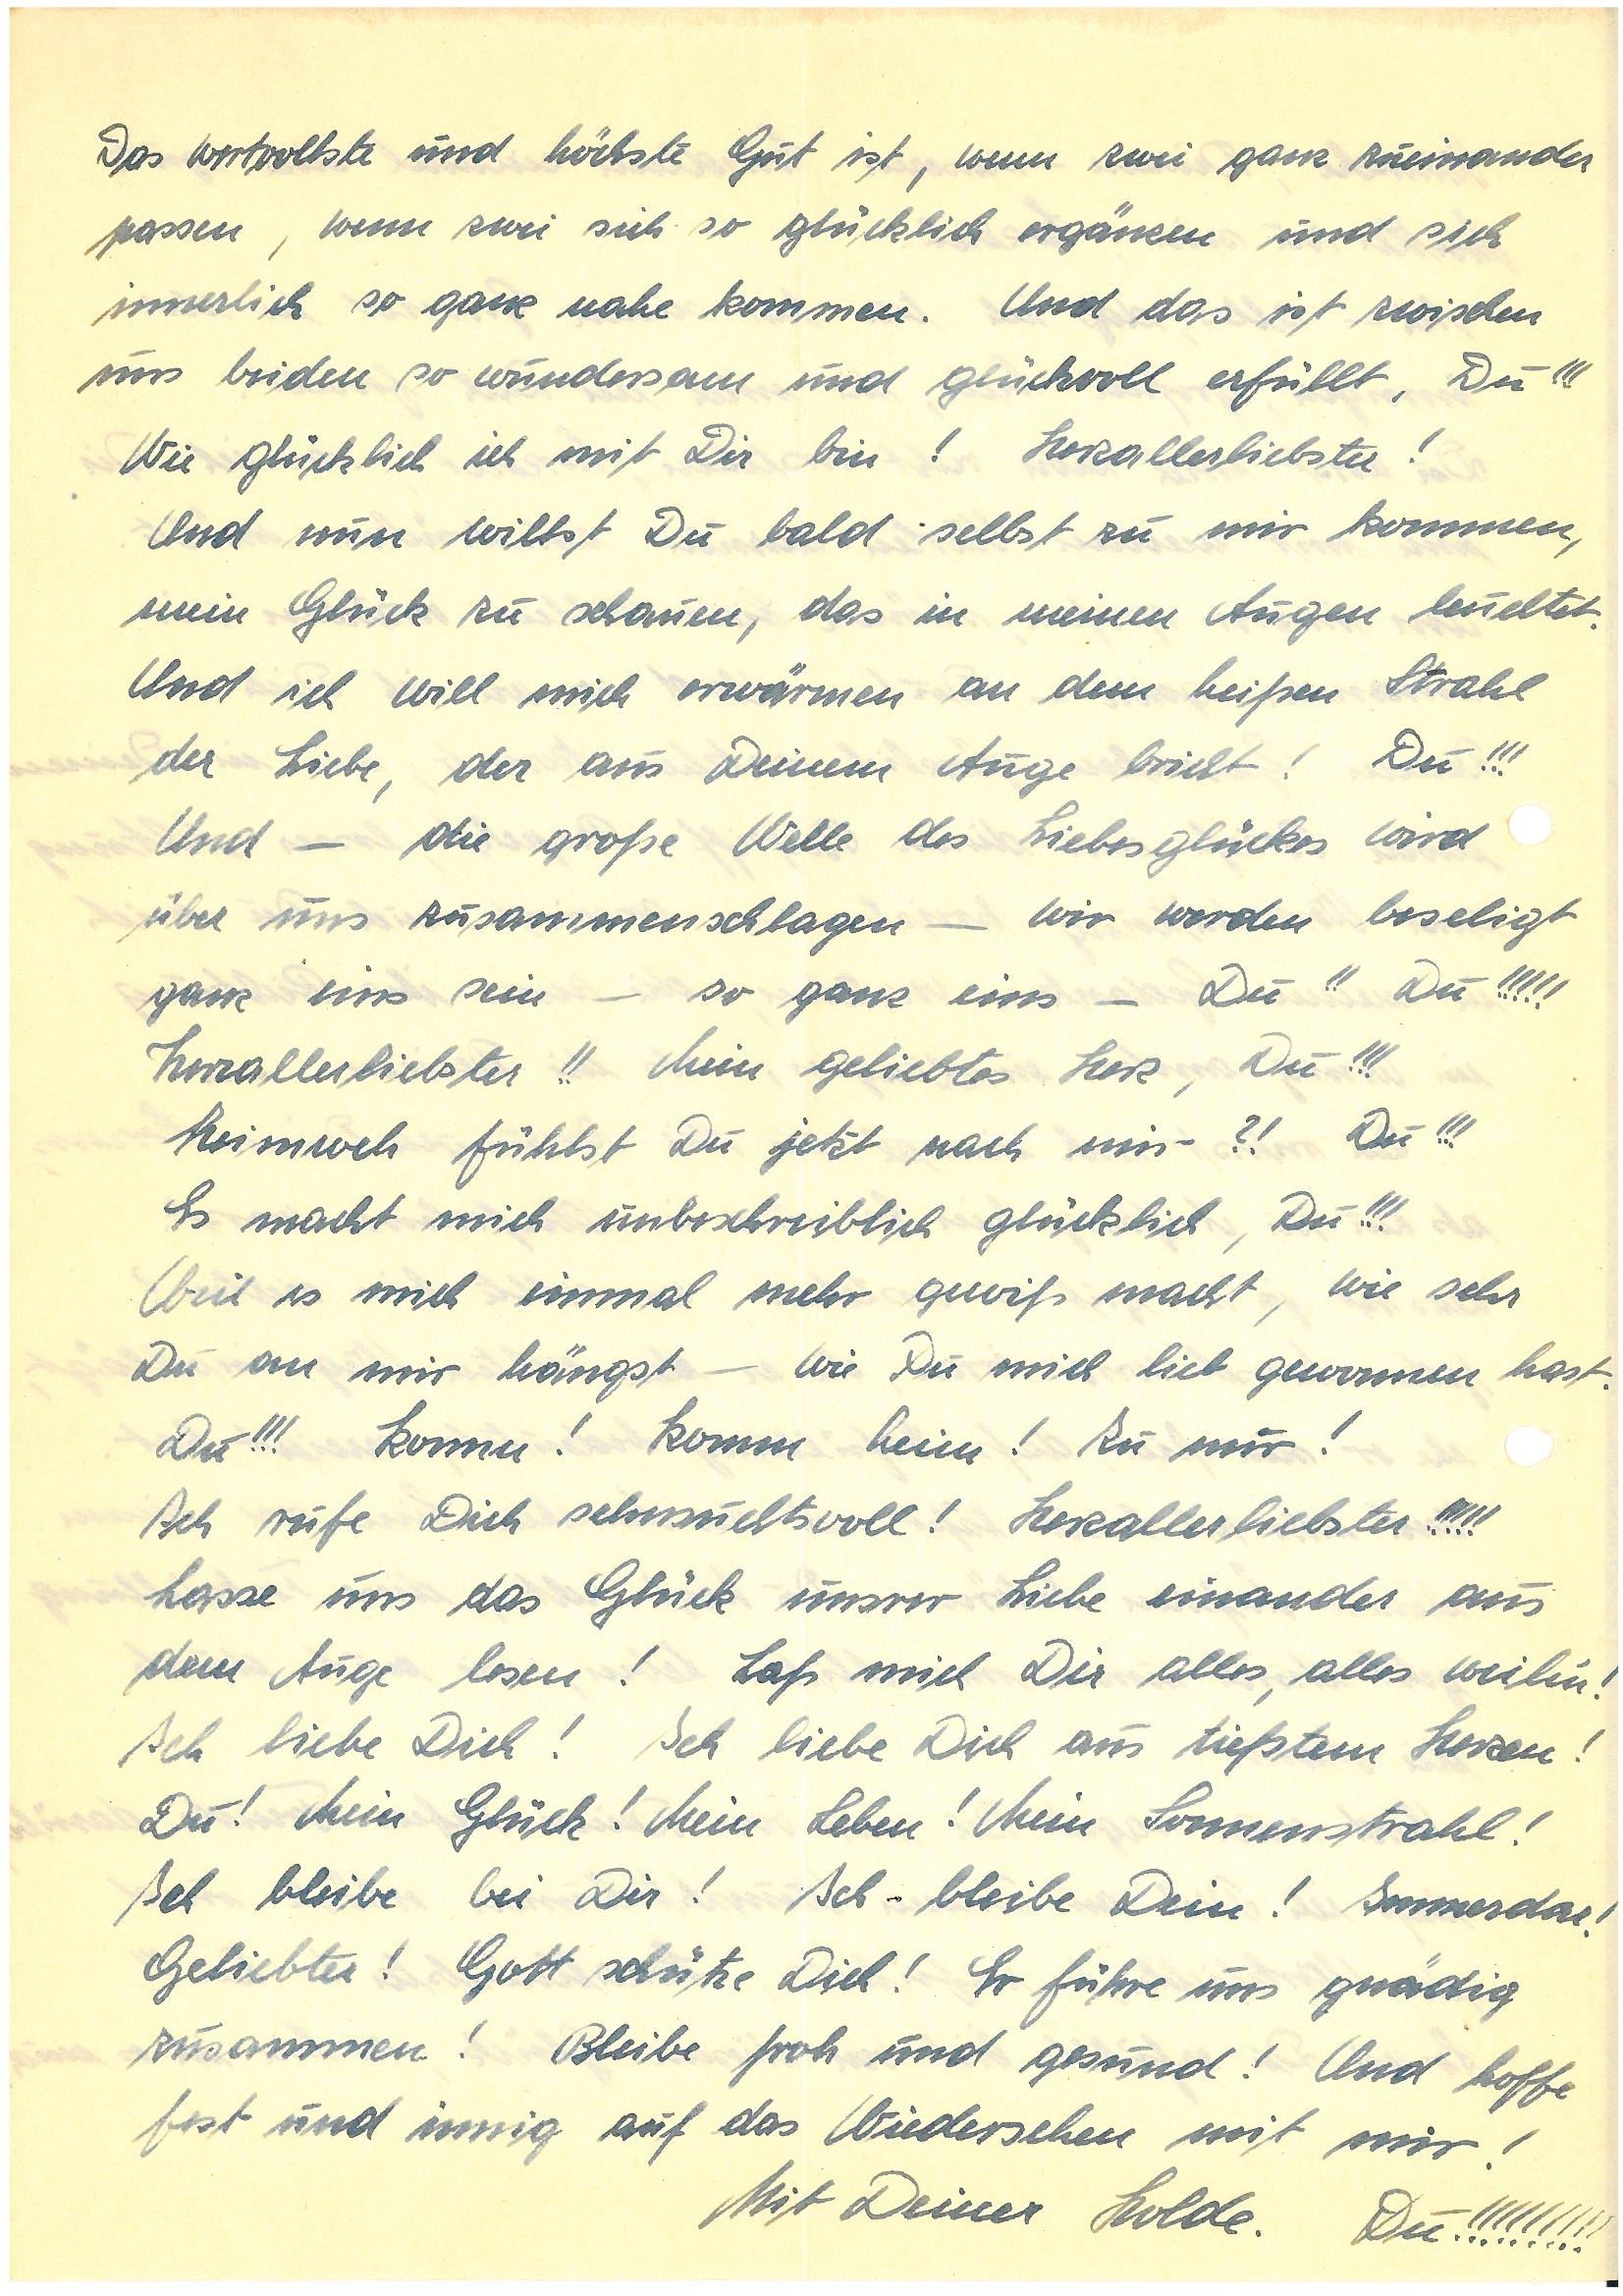
Das wertvollste und höchste Gut ist, wenn zwei ganz zueinander
passen, wenn zwei sich so glücklich ergänzen und sich
innerlich so ganz nahe kommen. Und das ist zwischen
uns beiden so wundersam und glückvoll erfüllt, Du!!!
Wie glücklich ich mit Dir bin! Herzallerliebster!
Und nun willst Du bald selbst zu mir kommen,
mein Glück zu schauen, das in meinen Augen leueltet,
Und ich will mich erwärmen an dem heißen Strahl
der Liebe, der aus Deinem Auge bricht! Du!!!
Und – die große Welle des Liebesglückes wird
über uns zusammenschlagen – wir werden beseligt
ganz eins sein – so ganz eins – Du!! Du!!!!!
Herzallerliebster!! Mein geliebtes Herz, Du!!!
Heimweh fühlst Du jetzt nach mir?! Du!!!
Es macht mich unbeschreiblich glücklich, Du!!!
Weil es mich einmal mehr gewiß macht, wie sehr
Du an mir hängst – wie Du mich lieb gewonnen hast.
Du!!! Komm! Komm heim! Zu nur!
Ich rufe Dich sehnsuchtsvoll! Herzallerliebster!!!!!
Lasse uns das Glück unsrer Liebe einander aus
dem Auge lesen! Laß mich Dir alles, alles weilen!
Ich liebe Dich! Ich liebe Dich aus tiefstem Herzen!
Du! Mein Glück! Mein Leben! Mein Sonnenstrahl!
Ich bleibe bei Dir! Ich bleibe Dein! Immerda!
Geliebter! Gott schütze Dich! Er führe uns gnädig
zusammen! Bleibe froh und gesund! Und hoffe
fest und innig auf das Wiedersehen mit mir!
Mit Deiner Holde. Du!!!!!!!!